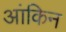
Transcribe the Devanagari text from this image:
आंकिन